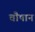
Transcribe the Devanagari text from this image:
चौषान